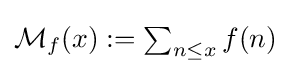
{\textstyle {\mathcal {M}}_{f}(x):=\sum _{n\leq x}f(n)}